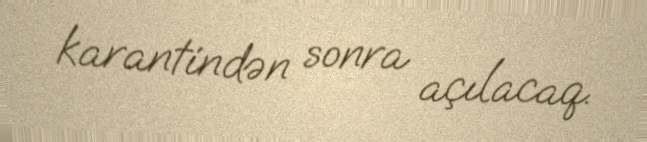
karantindən sonra açılacaq.